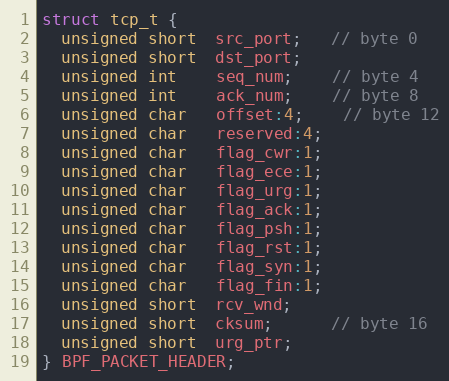
Language: C
struct tcp_t {
  unsigned short  src_port;   // byte 0
  unsigned short  dst_port;
  unsigned int    seq_num;    // byte 4
  unsigned int    ack_num;    // byte 8
  unsigned char   offset:4;    // byte 12
  unsigned char   reserved:4;
  unsigned char   flag_cwr:1;
  unsigned char   flag_ece:1;
  unsigned char   flag_urg:1;
  unsigned char   flag_ack:1;
  unsigned char   flag_psh:1;
  unsigned char   flag_rst:1;
  unsigned char   flag_syn:1;
  unsigned char   flag_fin:1;
  unsigned short  rcv_wnd;
  unsigned short  cksum;      // byte 16
  unsigned short  urg_ptr;
} BPF_PACKET_HEADER;